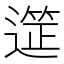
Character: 𮟆